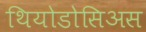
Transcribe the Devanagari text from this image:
थियोडोसिअस